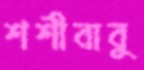
শশীবাবু